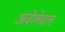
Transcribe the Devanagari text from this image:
अवेलेबल